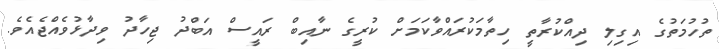
ތުހުމަތުގެ އިގިލި ދިއްކުރާތީ ހިތާމަކުރައްވާކަމަށް ކުރީގެ ނާއިބް ރައީސް އަބްދު ޖިހާދު ވިދާޅުވެއްޖެއެވެ.